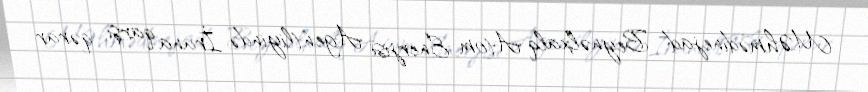
M.Əhmədinejad Beynəlxalq Atom Enerjisi Agentliyində İrana qarşı qərar